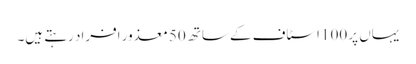
یہاں پر 100 اسٹاف کے ساتھ 50 معذور افراد رہتے ہیں۔